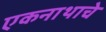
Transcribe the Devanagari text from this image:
एकनाथाचे